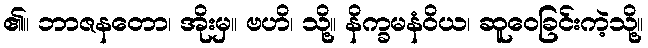
၏။ ဘာဇနတော၊ အိုးမှ။ ဗဟိ၊ သို့။ နိက္ခမနံဝိယ၊ ဆူဝေခြင်းကဲ့သို့။